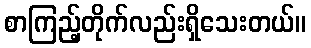
စာကြည့်တိုက်လည်းရှိသေးတယ်။